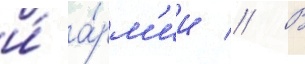
и́ а́рм'ии // В